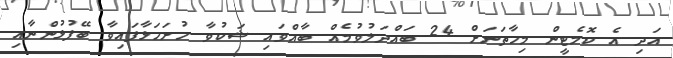
އަދި އެ ކޮމެޓީން މިހާތަނަށް 24 ބައްދަލުވުމެއް ބާއްވައި ޝަކުވާ ހުށަހަޅާފައިވާ ބޭފުޅުންނާއި